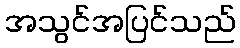
အသွင်အပြင်သည်